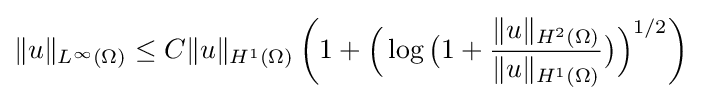
\displaystyle \|u\|_{L^{\infty }(\Omega )}\leq C\|u\|_{H^{1}(\Omega )}\left(1+{\Bigl (}\log {\bigl (}1+{\frac {\|u\|_{H^{2}(\Omega )}}{\|u\|_{H^{1}(\Omega )}}}{\bigr )}{\Bigr )}^{1/2}\right)